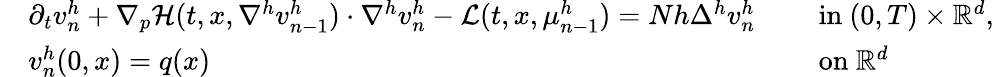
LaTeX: \begin{array}{rlrl}&{\partial_{t}v_{n}^{h}+\nabla_{p}{\mathcal H}(t,x,\nabla^{h}v_{n-1}^{h})\cdot\nabla^{h}v_{n}^{h}-{\mathcal L}(t,x,\mu_{n-1}^{h})=Nh\Delta^{h}v_{n}^{h}}&&{\mathrm{~in~}(0,T)\times{\mathbb{R}}^{d},}\\ &{v_{n}^{h}(0,x)=q(x)}&&{\mathrm{~on~}{\mathbb{R}}^{d}}\end{array}